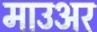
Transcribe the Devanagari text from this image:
माउअर